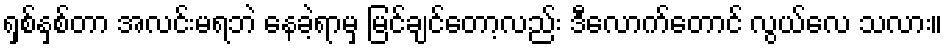
ရှစ်နှစ်တာ အလင်းမရဘဲ နေခဲ့ရာမှ မြင်ချင်တော့လည်း ဒီလောက်တောင် လွယ်လေ သလား။